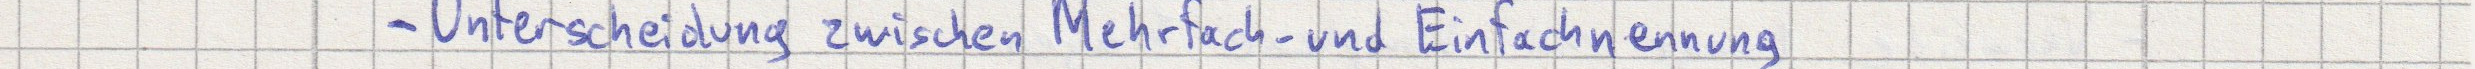
- Unterscheidung zwischen Mehrfach- und Einfachnennung